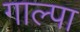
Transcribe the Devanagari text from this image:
गाल्पा